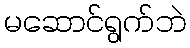
မဆောင်ရွက်ဘဲ